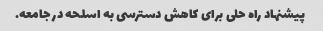
پیشنهاد راه حلی برای کاهش دسترسی به اسلحه در جامعه.